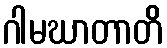
ဂါမဃာတာတိ